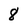
Character: 8